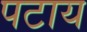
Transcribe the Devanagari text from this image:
पटाय